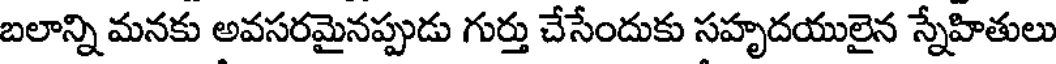
బలాన్ని మనకు అవసరమైనప్పుడు గుర్తు చేసేందుకు సహృదయులైన స్నేహితులు